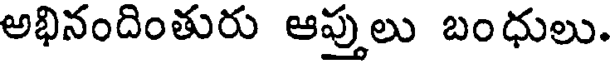
అభినందింతురు ఆప్తులు బంధులు.